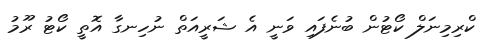
ކްރިމިނަލް ކޯޓުން ބުނެފައި ވަނީ އެ ޝަރީއަތް ނުހިނގާ އޮތީ ކޯޓު ރޫމު